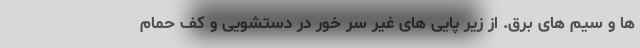
ها و سیم های برق. از زیر پایی های غیر سر خور در دستشویی و کف حمام